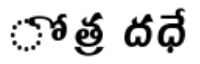
ోత్ర దధే